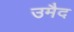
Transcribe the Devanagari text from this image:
उमैद